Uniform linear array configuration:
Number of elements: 16
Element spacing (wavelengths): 0.5
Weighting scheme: cosine
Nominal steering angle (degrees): -30
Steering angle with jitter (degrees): -30.857
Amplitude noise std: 0.05
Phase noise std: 0.05

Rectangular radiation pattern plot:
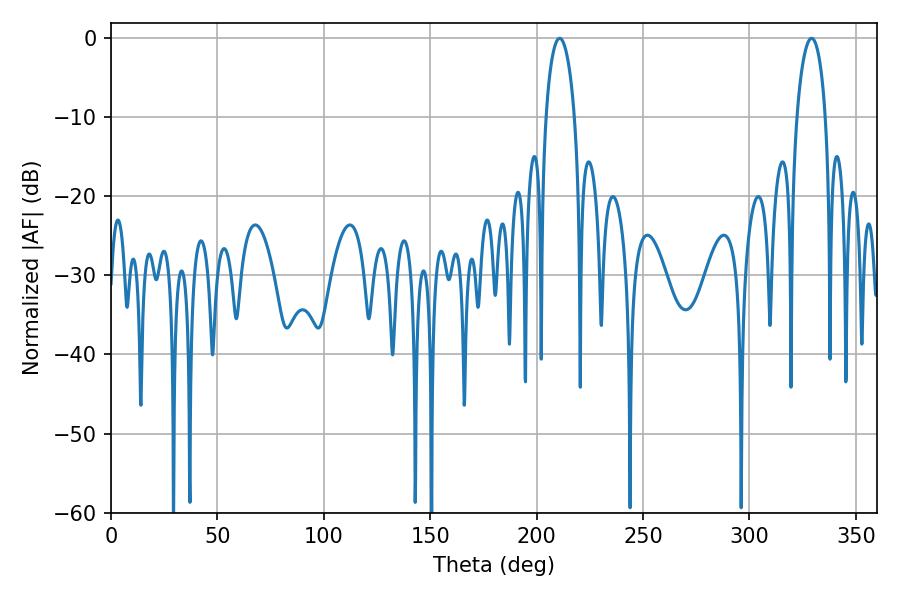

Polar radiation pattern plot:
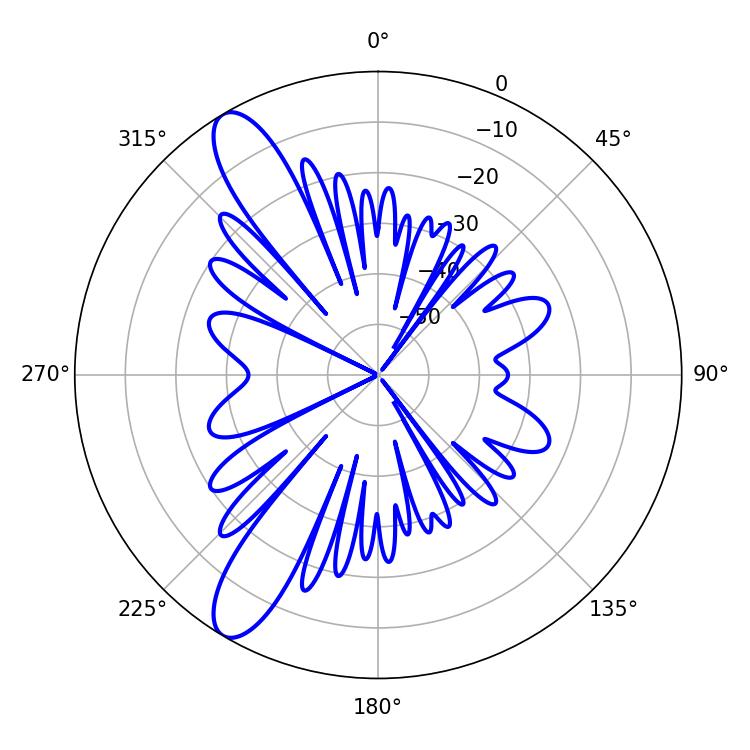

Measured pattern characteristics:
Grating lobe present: FALSE
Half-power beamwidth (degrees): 7.74
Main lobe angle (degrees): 210.78